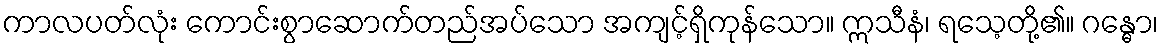
ကာလပတ်လုံး ကောင်းစွာဆောက်တည်အပ်သော အကျင့်ရှိကုန်သော။ ဣသီနံ၊ ရသေ့တို့၏။ ဂန္ဓော၊